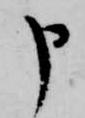
申